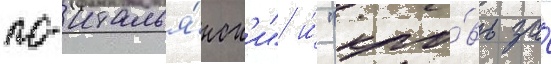
по-италья́нск'и" и́ "кро́вь за́